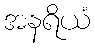
အနရိယံ